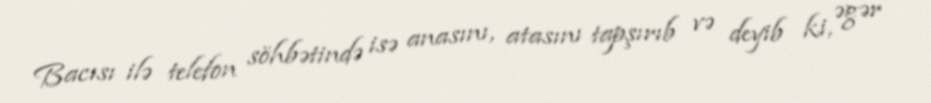
Bacısı ilə telefon söhbətində isə anasını, atasını tapşırıb və deyib ki, əgər